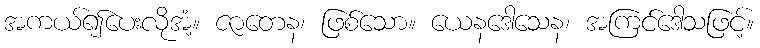
အကယ်၍ပေးလိုအံ့။ ဇာတေန၊ ဖြစ်သော။ ယေနဒေါသေန၊ အကြင်ဒေါသဖြင့်။